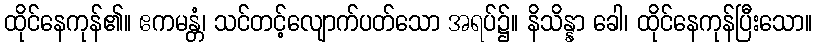
ထိုင်နေကုန်၏။ ဧကမန္တံ၊ သင်တင့်လျောက်ပတ်သော အရပ်၌။ နိသိန္နာ ခေါ၊ ထိုင်နေကုန်ပြီးသော။